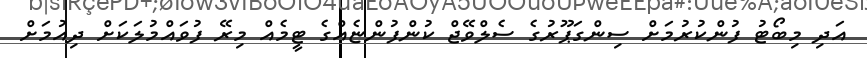
އަދި މިބޯޓު ފުންކުރުމަށް ސިންގަޕޫރުގެ ސެލްވޭޖް ކުންފުންޏެއްގެ ޓީމެއް މިރޭ ފުވައްމުލަކަށް ދިއުމަށް